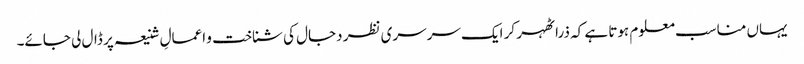
یہاں مناسب معلوم ہوتا ہے کہ ذرا ٹھہر کر ایک سرسری نظر دجال کی شناخت و اعمالِ شنیعہ پر ڈال لی جائے۔